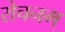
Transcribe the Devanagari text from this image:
रोचनम्